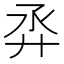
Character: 𢌼